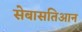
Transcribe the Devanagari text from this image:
सेबासतिआन